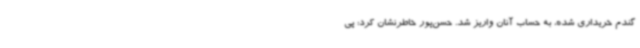
گندم خریداری شده، به حساب آنان واریز شد. حسن‌پور خاطرنشان کرد: پی